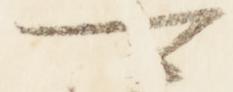
可